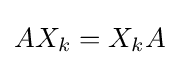
AX_{k}=X_{k}A